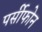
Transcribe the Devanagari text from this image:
पर्सीफोन